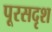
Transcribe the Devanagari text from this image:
पूरसदृश